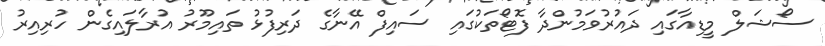
ސޯޝަލް މީޑިއާގައި ދައުރުވަމުންދާ ފޮޓޯތަކުގައި ސައިފް އޭނާގެ ދަރިފުޅު ތައިމޫރު އުރާލައިގެން ހުރިއިރު